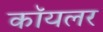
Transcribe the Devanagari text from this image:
कॉयलर